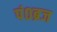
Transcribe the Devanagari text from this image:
पं०ब्रज